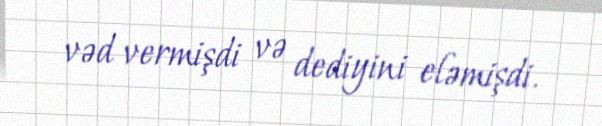
vəd vermişdi və dediyini eləmişdi.